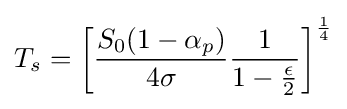
T_{s}=\left[{\frac {S_{0}(1-\alpha _{p})}{4\sigma }}{\frac {1}{1-{\epsilon  \over 2}}}\right]^{\frac {1}{4}}